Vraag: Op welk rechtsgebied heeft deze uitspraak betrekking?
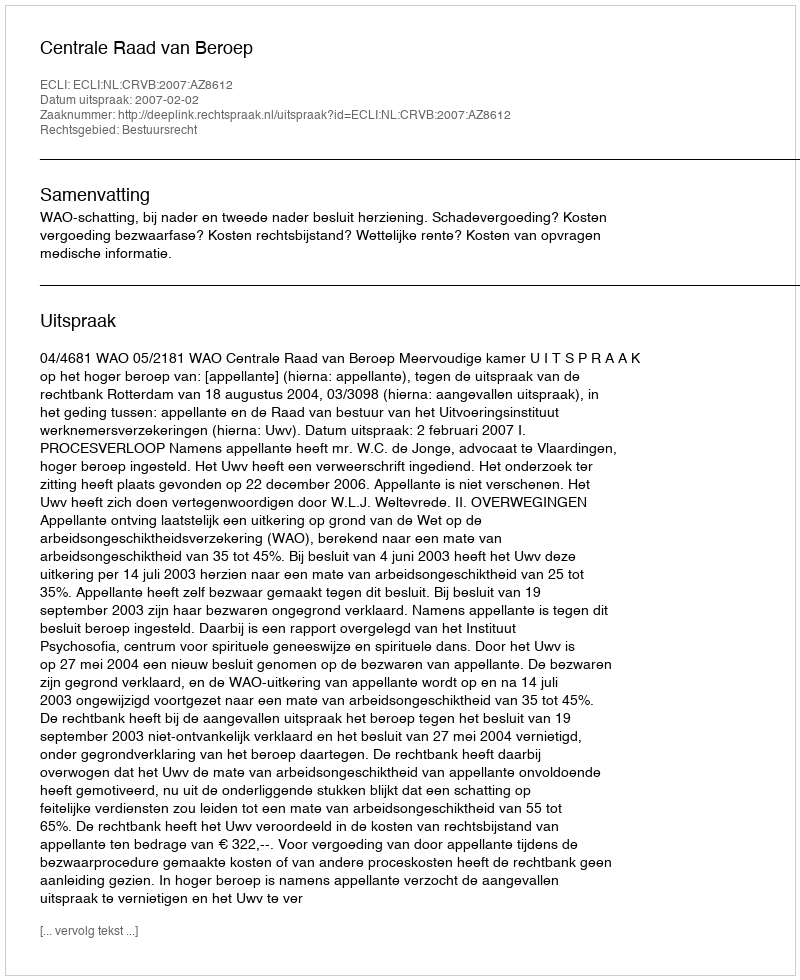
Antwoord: Bestuursrecht